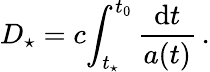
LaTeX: D_{\star}=c\! \int_{t_{\star}}^{t_{0}}\frac{\mathrm{d}t}{a(t)}\, .